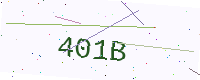
Text: 401B